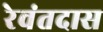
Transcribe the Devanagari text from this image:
रेवंतदास